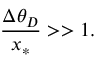
\frac { \Delta \theta _ { D } } { x _ { * } } > > 1 .